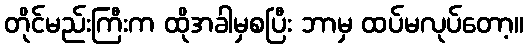
တိုင်မည်းကြီးက ထိုအခါမှစပြီး ဘာမှ ထပ်မလုပ်တော့။